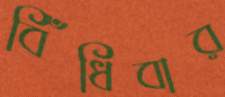
বিঁধিবার